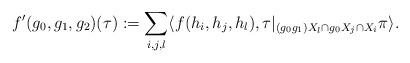
LaTeX: \begin{align*}f'(g_0, g_1, g_2)(\tau):=\sum_{i, j, l}\langle f(h_i, h_j, h_l),\tau|_{(g_0g_1)X_l\cap g_0X_j\cap X_i}\pi \rangle.\end{align*}